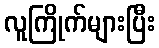
လူကြိုက်များပြီး